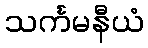
သင်္ကမနီယံ